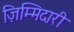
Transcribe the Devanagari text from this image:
ज़िम्मिदारी